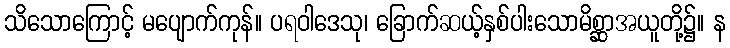
သိသောကြောင့် မပျောက်ကုန်။ ပရဝါဒေသု၊ ခြောက်ဆယ့်နှစ်ပါးသောမိစ္ဆာအယူတို့၌။ န